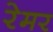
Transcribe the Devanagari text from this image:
रेमर